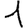
Digit: 1